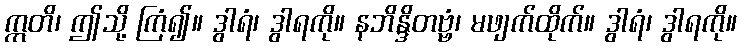
ဣတိ၊ ဤသို့ ကြံ၍။ ဒွါရံ၊ ဒွါရကို။ နဘိန္ဒိတဗ္ဗံ၊ မဖျက်ထိုက်။ ဒွါရံ၊ ဒွါရကို။